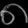
Digit: ၈